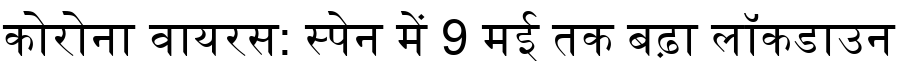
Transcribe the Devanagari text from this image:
कोरोना वायरस: स्पेन में 9 मई तक बढ़ा लॉकडाउन